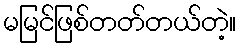
မမြင်ဖြစ်တတ်တယ်တဲ့။